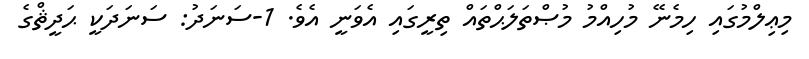
މިޢިލްމުގައި ހިމެނޭ މުހިއްމު މުޞްތަލަޙްތައް ތިރީގައި އެވަނީ އެވެ. 1-ސަނަދު: ސަނަދަކީ ޙަދީޘްގެ